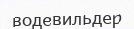
водевильдер